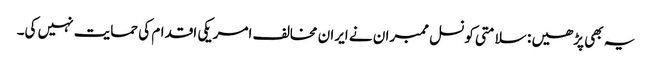
یہ بھی پڑھیں : سلامتی کونسل ممبران نے ایران مخالف امریکی اقدام کی حمایت نہیں کی۔